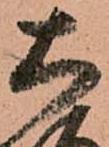
大